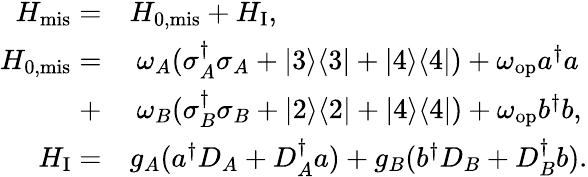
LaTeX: \begin{array}{rl}{H_{\mathrm{mis}}=}&{H_{\mathrm{0,mis}}+H_{\mathrm{I}},}\\ {H_{\mathrm{0,mis}}=}&{~\omega_{A}(\sigma_{A}^{\dagger}\sigma_{A}+|3\rangle\langle 3|+|4\rangle\langle 4|)+\omega_{\mathrm{op}}a^{\dagger}a}\\ {+}&{~\omega_{B}(\sigma_{B}^{\dagger}\sigma_{B}+|2\rangle\langle 2|+|4\rangle\langle 4|)+\omega_{\mathrm{op}}b^{\dagger}b,}\\ {H_{\mathrm{I}}=}&{g_{A}(a^{\dagger}D_{A}+D_{A}^{\dagger}a)+g_{B}(b^{\dagger}D_{B}+D_{B}^{\dagger}b).}\end{array}